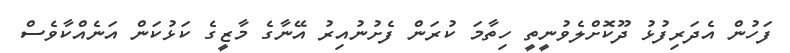
ފަހުން އެދަރިފުޅު ދޫކޮށްލެވުނީތީ ހިތާމަ ކުރަން ފެށުނުއިރު އޭނާގެ މާޒީގެ ކަޅުކަން އަނެއްކާވެސް